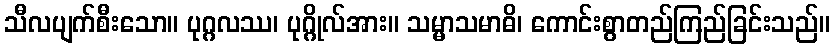
သီလပျက်စီးသော။ ပုဂ္ဂလဿ၊ ပုဂ္ဂိုလ်အား။ သမ္မာသမာဓိ၊ ကောင်းစွာတည်ကြည်ခြင်းသည်။